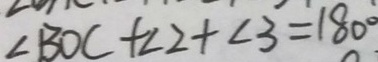
\angle B O C + \angle 2 + \angle 3 = 1 8 0 ^ { \circ }